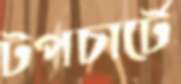
টপচার্টে